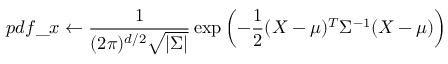
p d f \_ x \leftarrow \frac { 1 } { ( 2 \pi ) ^ { d / 2 } \sqrt { | \Sigma | } } \exp \left( - \frac { 1 } { 2 } ( X - \mu ) ^ { T } \Sigma ^ { - 1 } ( X - \mu ) \right)